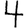
Digit: 4